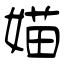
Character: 媌